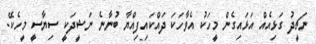
ނަޗީދު ގަޅިއެއް އަޅައިގެން މީހަކު އެވާހަކަ ދައްކައިފިއްޔާ ބުނާނެ ނަޝީދަކީ ސިޔާސީ މީހެކޭ.